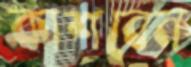
কাশবেন